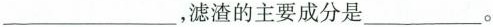
___，滤渣的主要成分是___。